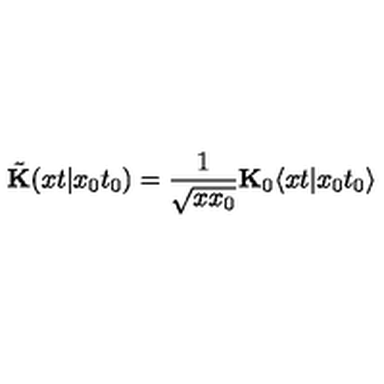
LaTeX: \tilde { \bf K } ( x t \vert x _ { 0 } t _ { 0 } ) = \frac { 1 } { \sqrt { x x _ { 0 } } } { \bf K } _ { 0 } \langle x t \vert x _ { 0 } t _ { 0 } \rangle